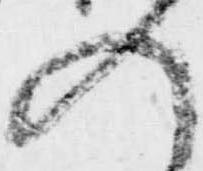
入